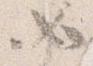
如